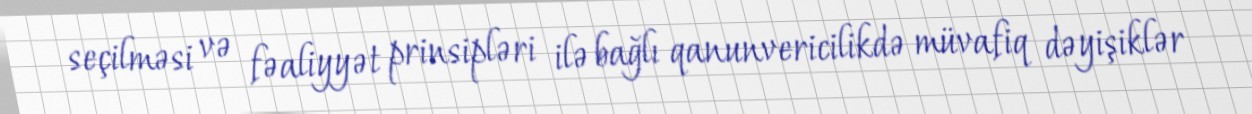
seçilməsi və fəaliyyət prinsipləri ilə bağlı qanunvericilikdə müvafiq dəyişiklər